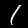
Digit: 1